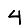
Digit: 4